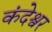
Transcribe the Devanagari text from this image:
कंदेश्वर